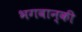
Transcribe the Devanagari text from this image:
भगवान्‌की